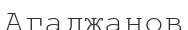
Агаджанов